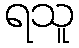
ရသူ